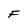
Character: F